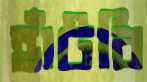
হাঁটবি